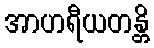
အာဟရီယတန္တိ